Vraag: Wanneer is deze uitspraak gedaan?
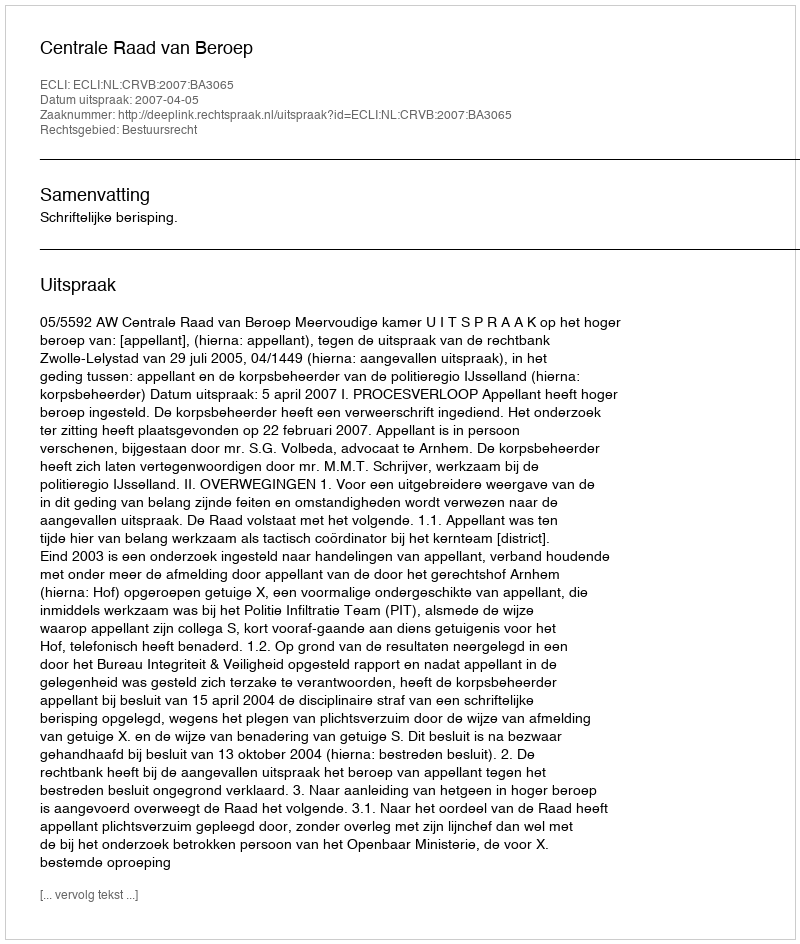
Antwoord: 2007-04-05